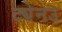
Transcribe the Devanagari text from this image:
ट्येनउ